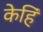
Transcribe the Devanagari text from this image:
केहिं